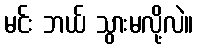
မင်း ဘယ် သွားမလို့လဲ။